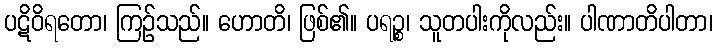
ပဋိဝိရတော၊ ကြဉ်သည်။ ဟောတိ၊ ဖြစ်၏။ ပရဉ္စ၊ သူတပါးကိုလည်း။ ပါဏာတိပါတာ၊